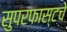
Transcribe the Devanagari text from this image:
सुपरफास्टचे